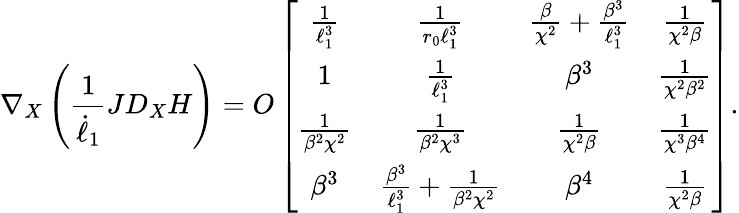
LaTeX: \nabla_{X}\left(\frac{1}{\dot{\ell}_{1}}JD_{X}H\right)=O\left[\begin{array}{cccccc}{\frac{1}{\ell_{1}^{3}}}&{\frac{1}{r_{0}\ell_{1}^{3}}}&{\frac{\beta}{\chi^{2}}+\frac{\beta^{3}}{\ell_{1}^{3}}}&{\frac{1}{\chi^{2}\beta}}\\ {1}&{\frac{1}{\ell_{1}^{3}}}&{\beta^{3}}&{\frac{1}{\chi^{2}\beta^{2}}}\\ {\frac{1}{\beta^{2}\chi^{2}}}&{\frac{1}{\beta^{2}\chi^{3}}}&{\frac{1}{\chi^{2}\beta}}&{\frac{1}{\chi^{3}\beta^{4}}}\\ {\beta^{3}}&{\frac{\beta^{3}}{\ell_{1}^{3}}+\frac{1}{\beta^{2}\chi^{2}}}&{\beta^{4}}&{\frac{1}{\chi^{2}\beta}}\end{array}\right].